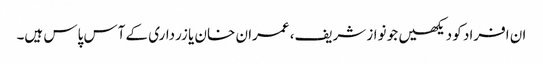
ان افراد کو دیکھیں جو نواز شریف، عمران خان یا زرداری کے آس پاس ہیں۔